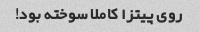
روی پیتزا کاملا سوخته بود!